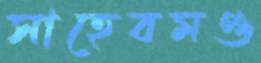
সাহেবমণ্ড